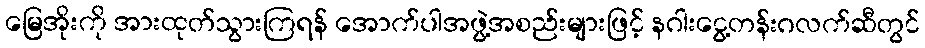
မြေအိုးကို အားထုတ်သွားကြရန် အောက်ပါအဖွဲ့အစည်းများဖြင့် နဂါးငွေ့တန်းဂလက်ဆီတွင်